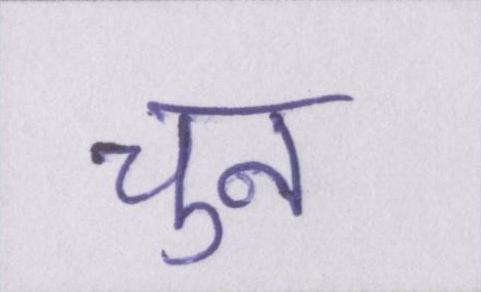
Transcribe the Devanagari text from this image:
चुन